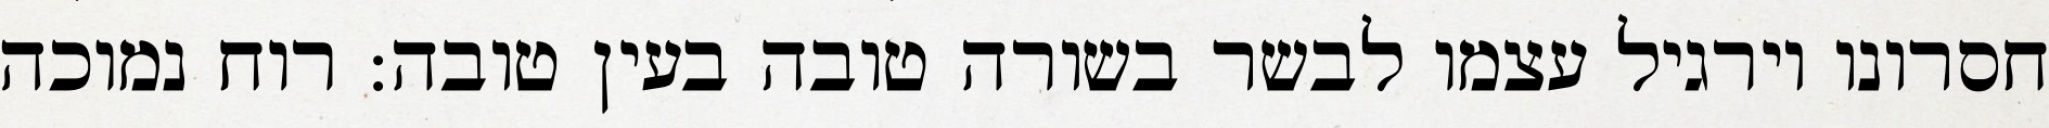
חסרונו וירגיל עצמו לבשר בשורה טובה בעין טובה: רוח נמוכה